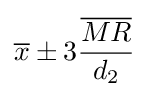
{\overline {x}}\pm 3{\frac {\overline {MR}}{d_{2}}}